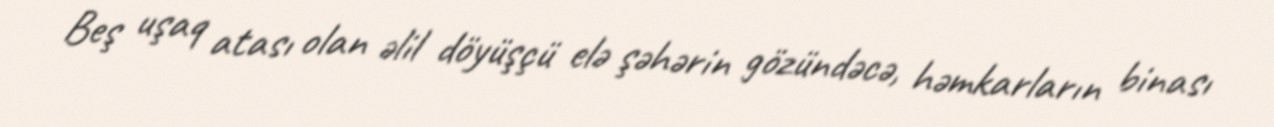
Beş uşaq atası olan əlil döyüşçü elə şəhərin gözündəcə, həmkarların binası